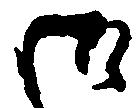
御